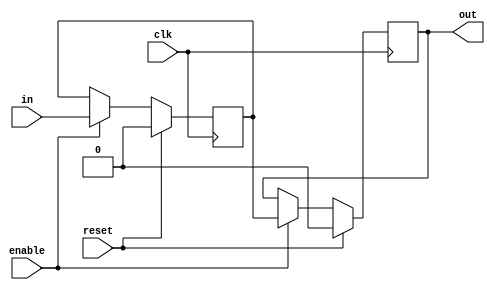
`define SIMULATION_MEMORY

module shift_register_unit_1_2 (
	input clk,
	input reset,
	input enable,
	input [0:0] in,
	output [0:0] out
);

reg [0:0] shift_registers_0;
reg [0:0] shift_registers_1;
always @ (posedge clk) begin
	if (reset) begin
		shift_registers_0 <= 1'd0;
		shift_registers_1 <= 1'd0;
	end else if (enable) begin
		shift_registers_0 <= in;
		shift_registers_1 <= shift_registers_0;
	end
end

assign out = shift_registers_1;

endmodule